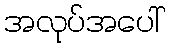
အလုပ်အပေါ်